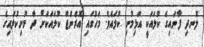
ލޮނދި ފާނައިގެ ކުލައަކީ އަޅިމުށި ކުލައެވެ. މަހުގައި އޮރެންޖް ކުލައަކަށް ދާ މުށިކުލައިގެ